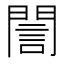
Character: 誾